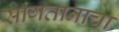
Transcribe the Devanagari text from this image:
सांगतानाचा